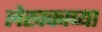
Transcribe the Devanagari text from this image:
लेखकाच्‍या